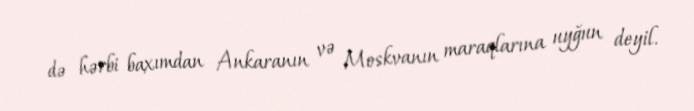
də hərbi baxımdan Ankaranın və Moskvanın maraqlarına uyğun deyil.